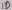
Text: ID